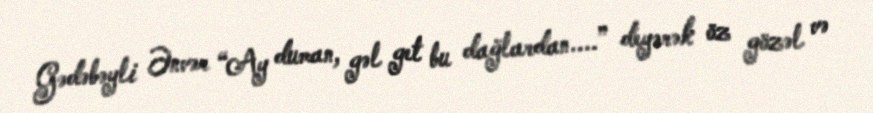
Gədəbəyli Ənvər “Ay duman, gəl get bu dağlardan....” deyərək öz gözəl və